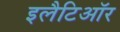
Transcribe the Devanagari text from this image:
इलैटिऑर